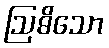
ဩဓိသော